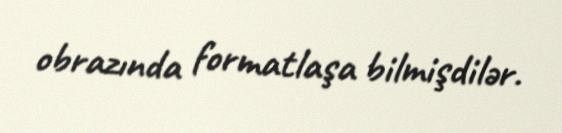
obrazında formatlaşa bilmişdilər.